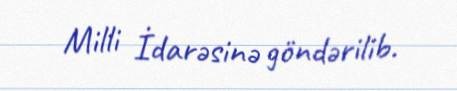
Milli İdarəsinə göndərilib.